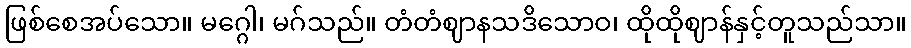
ဖြစ်စေအပ်သော။ မဂ္ဂေါ၊ မဂ်သည်။ တံတံဈာနသဒိသောဝ၊ ထိုထိုဈာန်နှင့်တူသည်သာ။